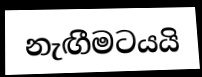
නැඟීමටයයි